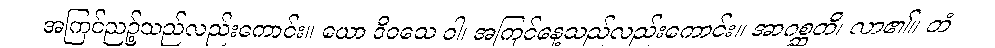
အကြင်ညဉ့်သည်လည်းကောင်း။ ယော ဒိဝသေ ဝါ၊ အကြင်နေ့သည်လည်းကောင်း။ အာဂစ္ဆတိ၊ လာ၏။ တံ